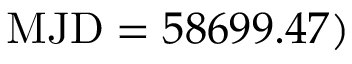
\mathrm { M J D } = 5 8 6 9 9 . 4 7 )